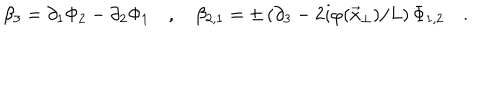
LaTeX: \beta _ { 3 } = \partial _ { 1 } \Phi _ { 2 } - \partial _ { 2 } \Phi _ { 1 } \quad , \quad \beta _ { 2 , 1 } = \pm \left( \partial _ { 3 } - 2 i \varphi ( \vec { x } _ { \perp } ) / L \right) \Phi _ { 1 , 2 } \quad .